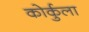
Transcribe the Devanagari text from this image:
कोर्कुला